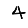
Digit: 4